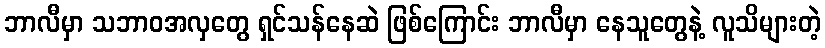
ဘာလီမှာ သဘာဝအလှတွေ ရှင်သန်နေဆဲ ဖြစ်ကြောင်း ဘာလီမှာ နေသူတွေနဲ့ လူသိများတဲ့